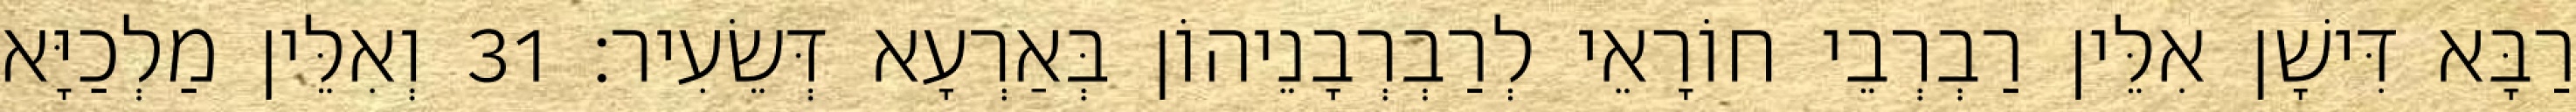
רַבָּא דִּישָׁן אִלֵּין רַבְרְבֵי חוֹרָאֵי לְרַבְרְבָנֵיהוֹן בְּאַרְעָא דְּשֵׂעִיר׃ 31 וְאִלֵּין מַלְכַיָּא